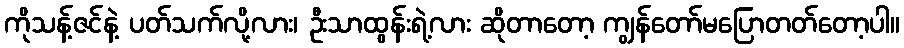
ကိုသန့်ဇင်နဲ့ ပတ်သက်လို့လား၊ ဦးသာထွန်းရဲ့လား ဆိုတာတော့ ကျွန်တော်မပြောတတ်တော့ပါ။